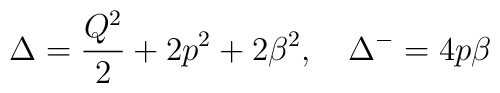
\Delta=\frac{Q^2}{2}+2p^2+2\beta^2 ,\quad\Delta^-=4p\beta